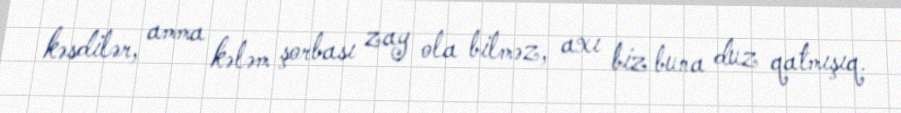
kəsdilər, amma kələm şorbası zay ola bilməz, axı biz buna duz qatmışıq.